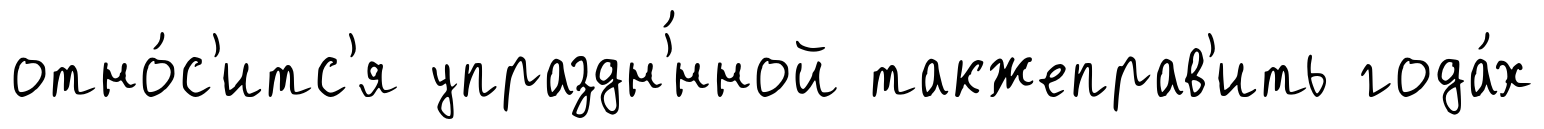
отно́с'итс'я упраздн'́нной такжеправ'ить года́х